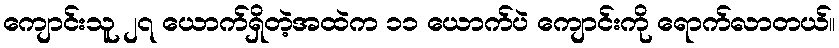
ကျောင်းသူ ၂၇ ယောက်ရှိတဲ့အထဲက ၁၁ ယောက်ပဲ ကျောင်းကို ရောက်လာတယ်။